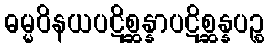
ဓမ္မဝိနယပဋိစ္ဆန္နာပဋိစ္ဆန္နပဉ္စ